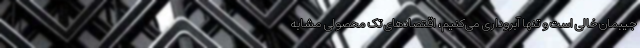
جیبمان خالی است و تنها آبروداری می‌کنیم، اقتصادهای تک محصولی مشابه